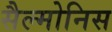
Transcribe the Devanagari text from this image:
सैल्मोनिस